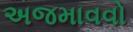
અજમાવવો